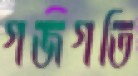
গজগতি